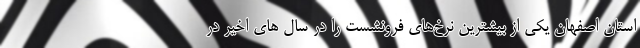
استان اصفهان یکی از بیشترین نرخ‌های فرونشست را در سال های اخیر در